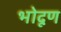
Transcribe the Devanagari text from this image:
भोदूण